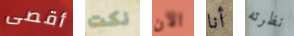
أقصى نكت الآن أنا نظرته